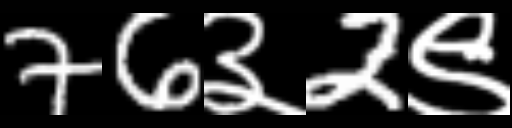
Text: 76३2९